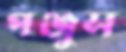
পঞ্জুস